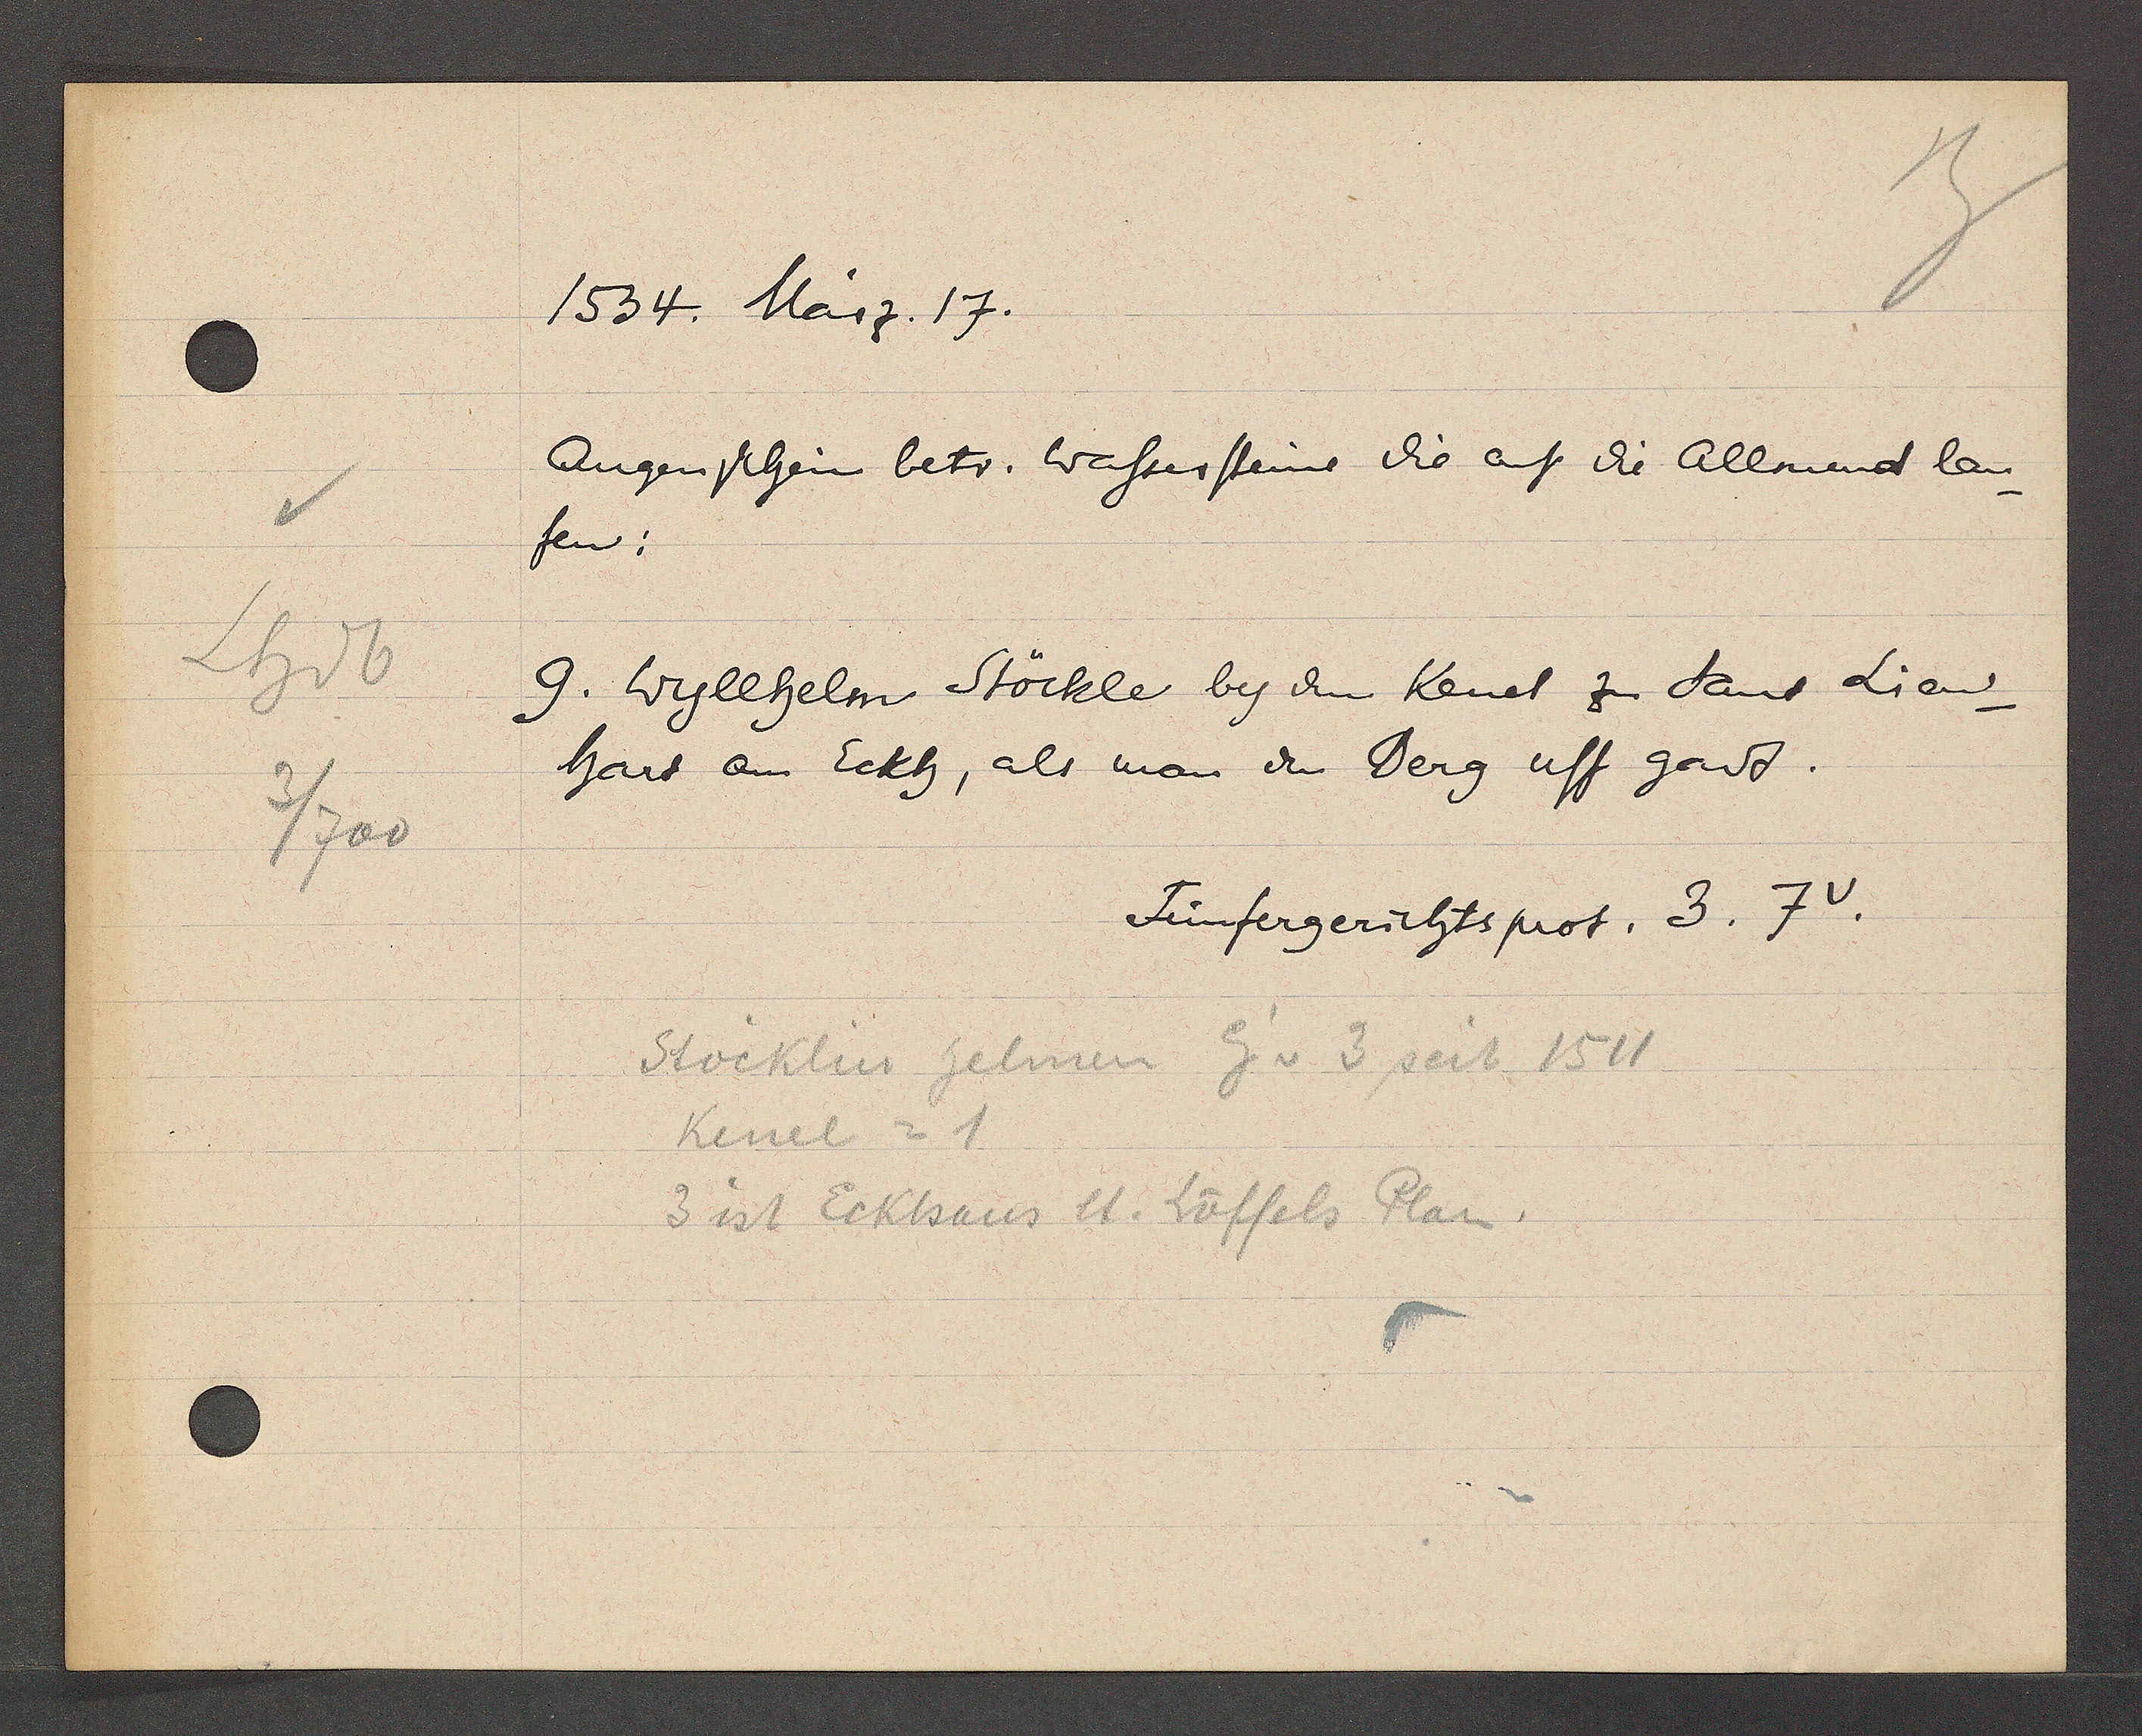
Transcript:
Lhdb
3/700

1534. März. 17.

Ougenschein betr. Wassersteine die auf die Allmend lau¬
fen:
9. wyllhelm Stöckle bey dem Kenel zu Sant Lien¬
hart am Eckh, als man den Berg uff gadt.

Stocklin helman Eig v 3 seit 1511
Kenel = 1
3 ist Eckhaus lt. Löffels Plan.

Fünfergerichtsprot. 3. 7v.